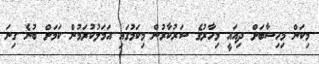
މިކަން މިހިސާބަށް ދިއައީ މިހާރުގެ ސަރުކާރުން މިކަމުގައި އަމަލުކުރަމުން ކަމަށް ބުނެ ގިނަ